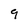
Character: 9